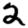
Digit: 2